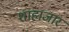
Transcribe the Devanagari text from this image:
शाहाजार